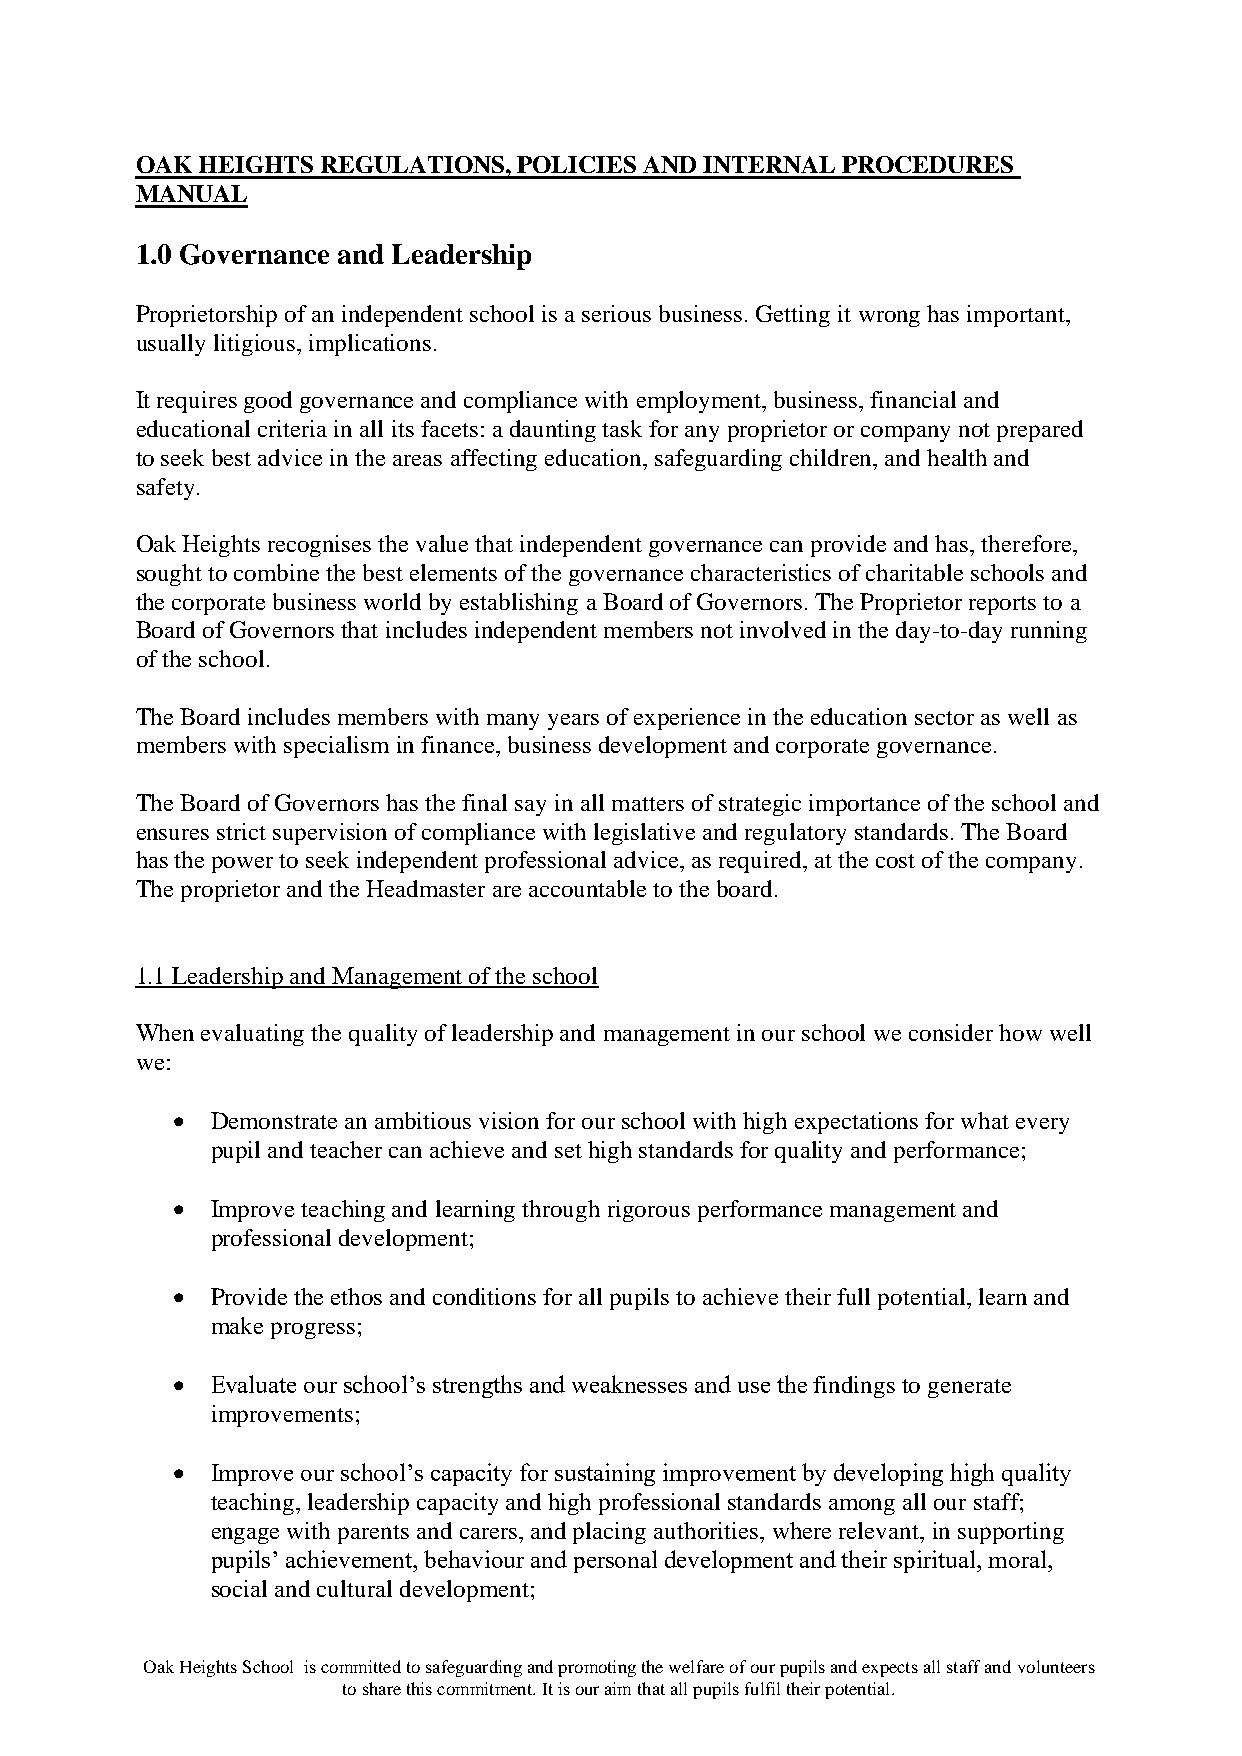
OAK HEIGHTS REGULATIONS, POLICIES AND INTERNAL PROCEDURES
 MANUAL
 1.0 Governance and Leadership
 Proprietorship of an independent school is a serious business. Getting it wrong has important,
 usually litigious, implications.
 It requires good governance and compliance with employment, business, financial and
 educational criteria in all its facets: a daunting task for any proprietor or company not prepared
 to seek best advice in the areas affecting education, safeguarding children, and health and
 safety.
 Oak Heights recognises the value that independent governance can provide and has, therefore,
 sought to combine the best elements of the governance characteristics of charitable schools and
 the corporate business world by establishing a Board of Governors. The Proprietor reports to a
 Board of Governors that includes independent members not involved in the day-to-day running
 of the school.
 The Board includes members with many years of experience in the education sector as well as
 members with specialism in finance, business development and corporate governance.
 The Board of Governors has the final say in all matters of strategic importance of the school and
 ensures strict supervision of compliance with legislative and regulatory standards. The Board
 has the power to seek independent professional advice, as required, at the cost of the company.
 The proprietor and the Headmaster are accountable to the board.
 1.1 Leadership and Management of the school
 When evaluating the quality of leadership and management in our school we consider how well
 we:
 •  Demonstrate an ambitious vision for our school with high expectations for what every
 pupil and teacher can achieve and set high standards for quality and performance;
 •  Improve teaching and learning through rigorous performance management and
 professional development;
 •  Provide the ethos and conditions for all pupils to achieve their full potential, learn and
 make progress;
 •  Evaluate our school’s strengths and weaknesses and use the findings to generate
 improvements;
 •  Improve our school’s capacity for sustaining improvement by developing high quality
 teaching, leadership capacity and high professional standards among all our staff;
 engage with parents and carers, and placing authorities, where relevant, in supporting
 pupils’ achievement, behaviour and personal development and their spiritual, moral,
 social and cultural development;
 Oak Heights School is committed to safeguarding and promoting the welfare of our pupils and expects all staff and volunteers
 to share this commitment. It is our aim that all pupils fulfil their potential.